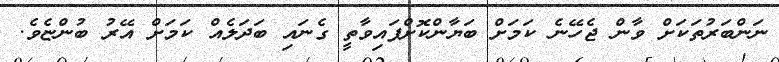
ނަންބަރުތަކަށް ވާން ޖެހޭނެ ކަމަށް ބަޔާންކޮށްފައިވާތީ ގެނައި ބަދަލެއް ކަމަށް އޭރު ބުންޏެވެ.